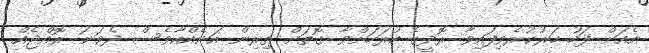
އެއަށް ފަހު ހަރުކުރެވިފައިވާ ރޮދީގެ ހުރަހަށްވާ ގޮތަށް ތިރިން އަނެއްކާވެސް ދެވަނަ ރޮއްޖެއް